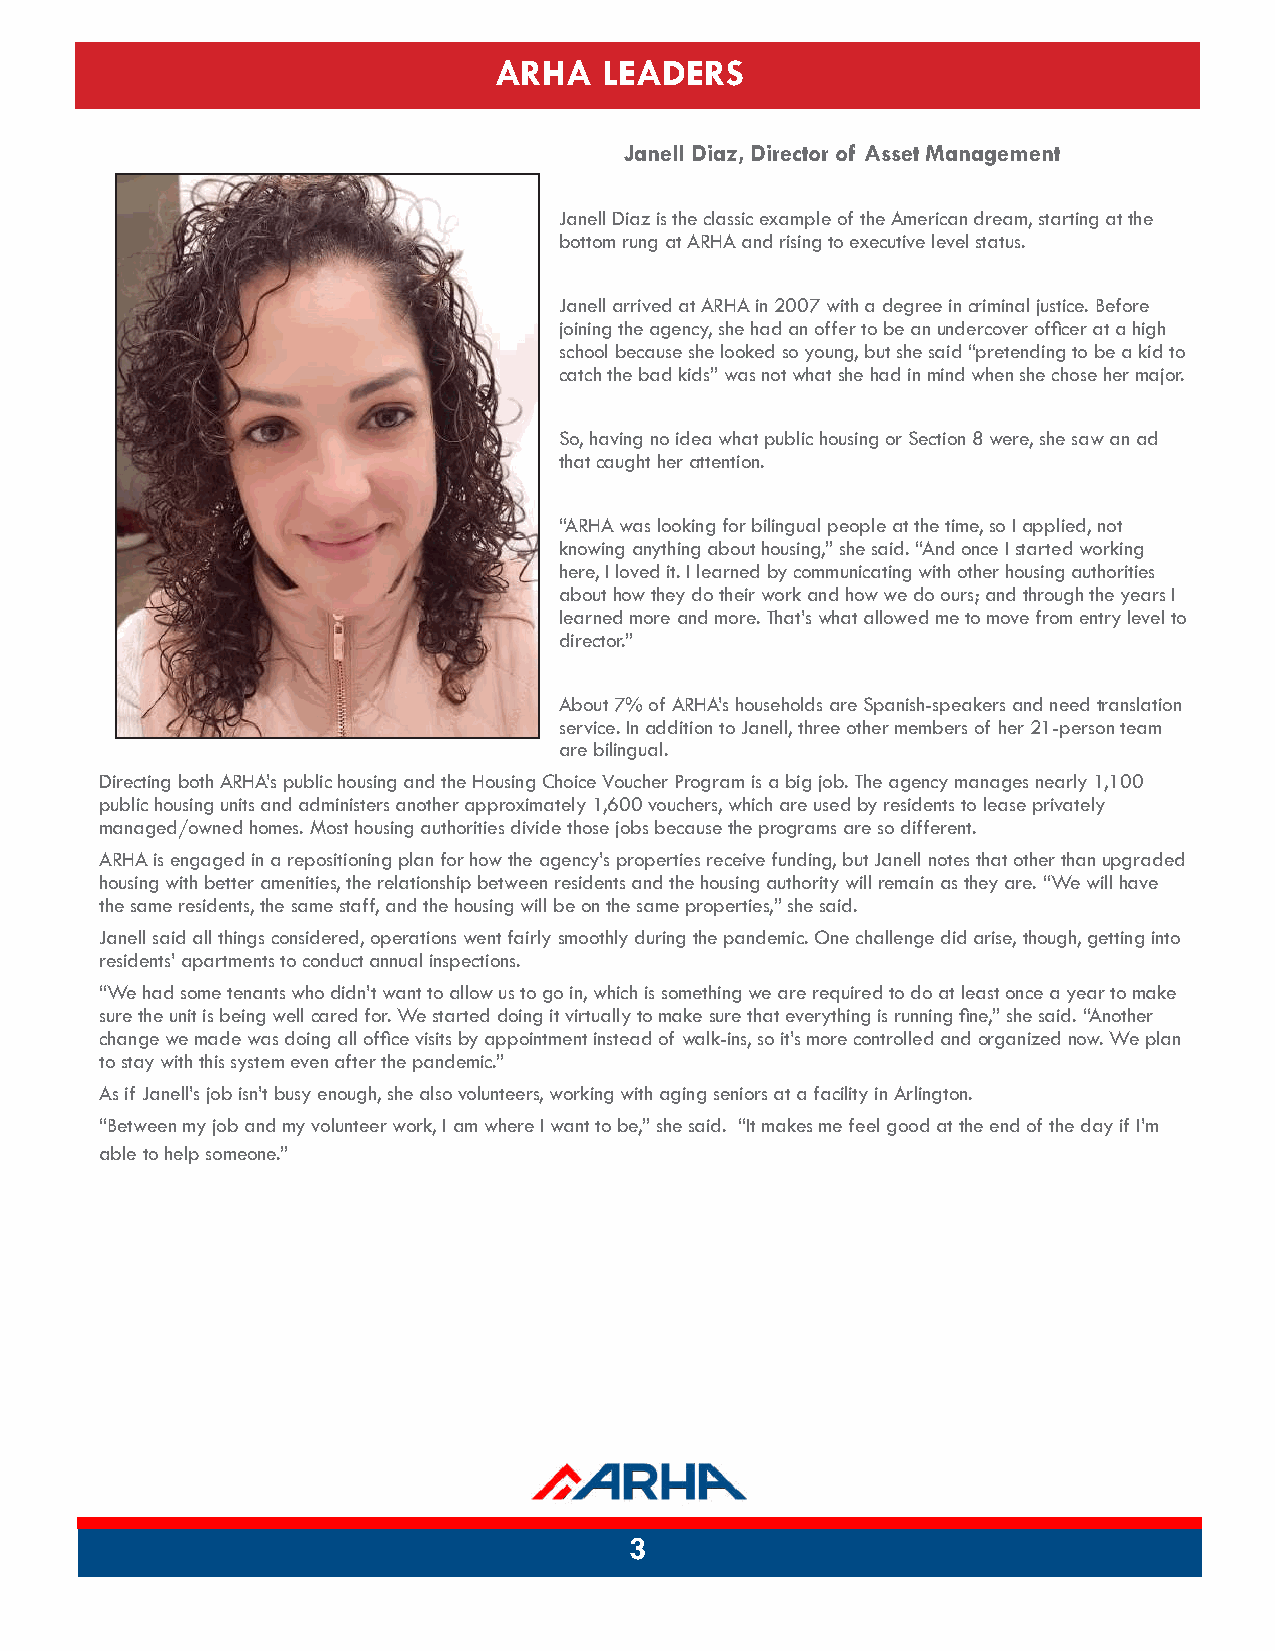
ARHA   LEADERS
 Janell Diaz, Director of Asset Management
 Janell Diaz is the classic example of the American dream, starting at the
 bottom rung at ARHA and rising to executive level status.
 Janell arrived at ARHA in 2007 with a degree in criminal justice. Before
 joining the agency, she had an offer to be an undercover officer at a high
 school because she looked so young, but she said “pretending to be a kid to
 catch the bad kids” was not what she had in mind when she chose her major .
 So, having no idea what public housing or Section 8 were, she saw an ad
 that caught her attention.
 “ARHA was looking for bilingual people at the time, so I applied, not
 knowing anything about housing,” she said. “And once I started working
 here, I loved it. I learned by communicating with other housing authorities
 about how they do their work and how we do ours; and through the years I
 learned more and more. That’s what allowed me to move from entry level to
 director.”
 About 7% of ARHA’s households are Spanish-speakers and need translation
 service. In addition to Janell, three other members of her 21-person team
 are bilingual.
 Directing both ARHA’s public housing and the Housing Choice Voucher Program is a big job. The agency manages nearly 1,100
 public housing units and administers another approximately 1,600 vouchers, which are used by residents to lease privately
 managed/owned homes. Most housing authorities divide those jobs because the programs are so different .
 ARHA is engaged in a repositioning plan for how the agency’s properties receive funding, but Janell notes that other than upgraded
 housing with better amenities, the relationship between residents and the housing authority will remain as they are. “We will have
 the same residents, the same staff, and the housing will be on the same properties,” she said .
 Janell said all things considered, operations went fairly smoothly during the pandemic. One challenge did arise, though, getting into
 residents’ apartments to conduct annual inspections.
 “We had some tenants who didn’t want to allow us to go in, which is something we are required to do at least once a year to mak e
 sure the unit is being well cared for. We started doing it virtually to make sure that everything is running fine,” she said. “Anothe r
 change we made was doing all office visits by appointment instead of walk-ins, so it’s more controlled and organized now. We plan
 to stay with this system even after the pandemic.”
 As if Janell’s job isn’t busy enough, she also volunteers, working with aging seniors at a facility in Arlington .
 “Between my job and my volunteer work, I am where I want to be,” she said. “It makes me feel good at the end o fthe day if I’m
 able to help someone.”
 3